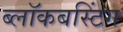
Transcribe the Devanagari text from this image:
ब्लॉकबस्टिंग